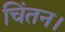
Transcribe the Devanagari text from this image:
चिंतन।